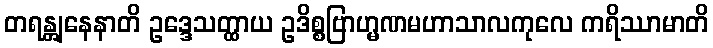
တရန္တျနေနာတိ ဥဒ္ဒေသတ္ထာယ ဥဒိစ္စဗြာဟ္မဏမဟာသာလကုလေ ကရိဿာမာတိ